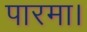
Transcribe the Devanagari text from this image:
पारमा।